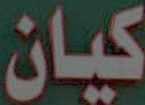
كيان